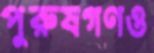
পুরুষগণও